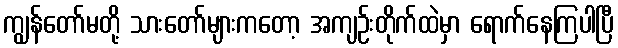
ကျွန်တော်မတို့ သားတော်များကတော့ အကျဉ်းတိုက်ထဲမှာ ရောက်နေကြပါပြီ